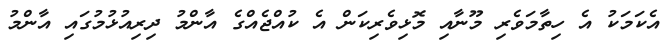
އެކަމަކު އެ ހިތާމަވެރި މޫނާއި މޮޅިވެރިކަން އެ ކުއްޖެއްގެ އާންމު ދިރިއުޅުމުގައި އާންމު